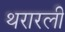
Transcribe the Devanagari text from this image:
थरारली